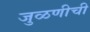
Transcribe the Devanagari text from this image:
जुळणीची